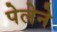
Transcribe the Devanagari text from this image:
पेलेने